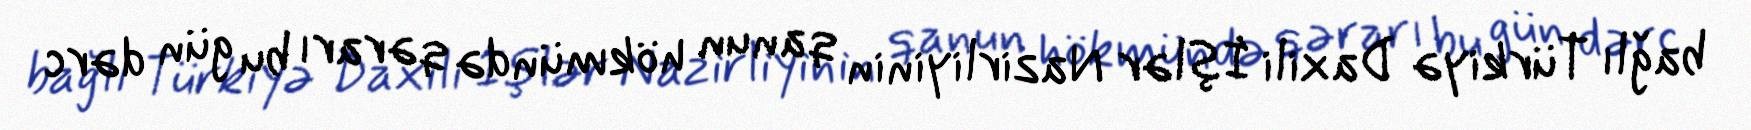
bağlı Türkiyə Daxili İşlər Nazirliyinin qanun hökmündə qərarı bu gün dərc